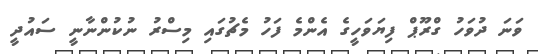
ވަނަ ދުވަހު ގްރޫޕް ފިޔަވަހީގެ އެންމެ ފަހު މެޗުގައި މިސްރު ނުކުންނާނީ ސައުދީ